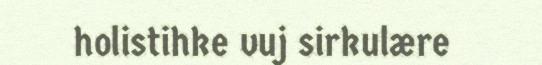
holistihke vuj sirkulære